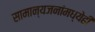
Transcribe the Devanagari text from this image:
सामान्यजनांमध्येही